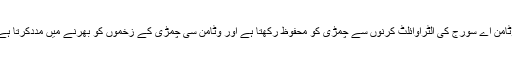
وٹامن اے سورج کی الٹراوائلٹ کرنوں سے چمڑی کو محفوظ رکھتا ہے اور وٹامن سی چمڑی کے زخموں کو بھرنے میں مددکرتا ہے۔